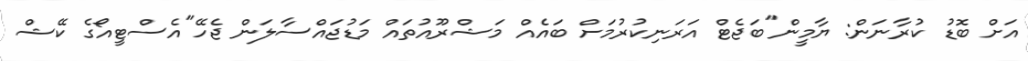
އަށް ބޮޑު ކުރާނަން: ޔާމީން"ބަޖެޓް އަރަނިކުރުމަށް ބައެއް މަޝްރޫއުތައް މަޑުޖައްސާލަން ޖެހޭ"އެސްޓީއޯގެ ކޭޝް